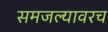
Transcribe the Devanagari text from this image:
समजल्यावरच